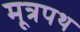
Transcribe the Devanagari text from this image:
मूत्रपथ